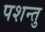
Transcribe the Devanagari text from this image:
पशन्तु